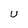
Character: U